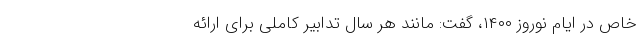
خاص در ایام نوروز ۱۴۰۰، گفت: مانند هر سال تدابیر کاملی برای ارائه